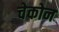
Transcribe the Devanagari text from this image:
चेकोन